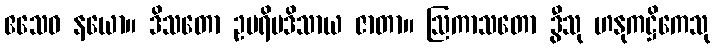
ဧသေဝ နယော။ ဒိသတော ဥပရိမဒိသာယ ဇာတာ။ ဩကာသတော ဒွီသု ဟနုကဋ္ဌိကေသု